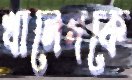
খালেদকে